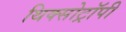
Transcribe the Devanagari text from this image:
थिक्सोट्रॉपी